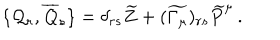
LaTeX: \{ { \cal { Q } } _ { r } , \overline { { { { \cal { Q } } } } } _ { s } \} = \delta _ { r s } \widetilde { Z } + ( \widetilde { \Gamma _ { \mu } } ) _ { r s } \widetilde { P } ^ { \mu } \, .